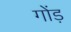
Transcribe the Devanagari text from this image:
गोंड़